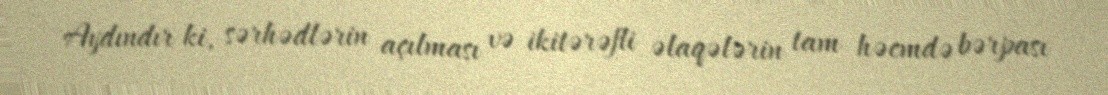
Aydındır ki, sərhədlərin açılması və ikitərəfli əlaqələrin tam həcmdə bərpası